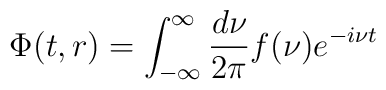
\Phi(t,r) = \int^\infty_{-\infty} {d\nu\over 2\pi} f(\nu) e^{-i\nu t}